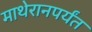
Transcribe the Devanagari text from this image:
माथेरानपर्यंत